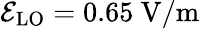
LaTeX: \mathcal{E}_{\mathrm{{LO}}}=0.65~\mathrm{{V/m}}